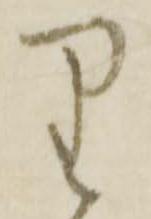
り